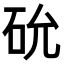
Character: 𥐸